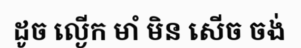
ដូច ល្ងើក មាំ មិន សើច ចង់